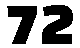
72